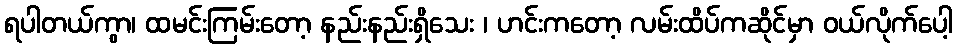
ရပါတယ်ကွာ၊ ထမင်းကြမ်းတော့ နည်းနည်းရှိသေး ၊ ဟင်းကတော့ လမ်းထိပ်ကဆိုင်မှာ ဝယ်လိုက်ပေါ့